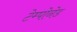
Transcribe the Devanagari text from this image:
टेम्पोनेड